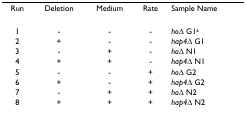
| Run | Deletion | Medium | Rate | Sample Name |
 | --- | --- | --- | --- | --- |
 | 1 | - | - | - | hoΔ G1a |
 | 2 | + | - | - | hap4Δ G1 |
 | 3 | - | + | - | hoΔ N1 |
 | 4 | + | + | - | hap4Δ N1 |
 | 5 | - | - | + | hoΔ G2 |
 | 6 | + | - | + | hap4Δ G2 |
 | 7 | - | + | + | hoΔ N2 |
 | 8 | + | + | + | hap4Δ N2 |